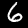
Label: 6